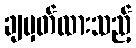
ချမှတ်ထားသည့်